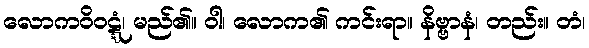
လောကဝိဝဋ္ဋံ၊ မည်၏။ ဝါ၊ လောက၏ ကင်းရာ။ နိဗ္ဗာနံ၊ တည်း။ တံ၊